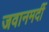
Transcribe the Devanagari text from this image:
जवानमर्दी